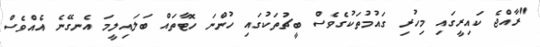
"ރާއްޖެ ކައިރީގައި މިހުރި ގައުމުތަކުގެވެސް ބީޗުތަކުގައި ހުންނަ ހޮޓާތައް ބަލައިލީމަ އެނގޭނެ އެއްވެސް